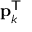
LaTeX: \mathbf { p } _ { k } ^ { \mathsf { T } }